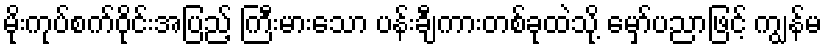
မိုးကုပ်စက်ဝိုင်းအပြည့် ကြီးမားသော ပန်းချီကားတစ်ခုထဲသို့ မှော်ပညာဖြင့် ကျွန်မ